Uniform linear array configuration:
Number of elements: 8
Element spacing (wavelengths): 1
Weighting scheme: kaiser
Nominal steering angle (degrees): -45
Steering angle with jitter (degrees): -43.572
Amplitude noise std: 0.05
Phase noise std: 0.05

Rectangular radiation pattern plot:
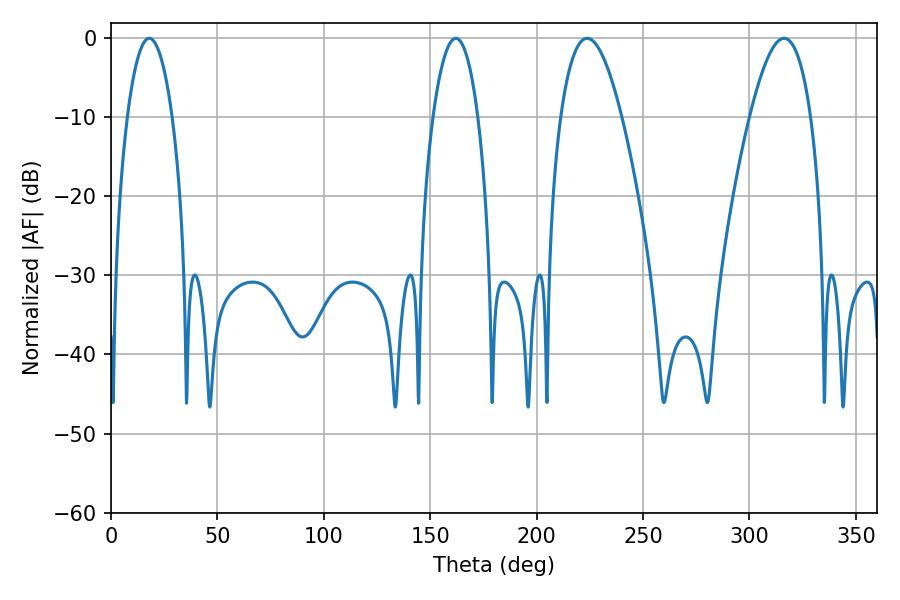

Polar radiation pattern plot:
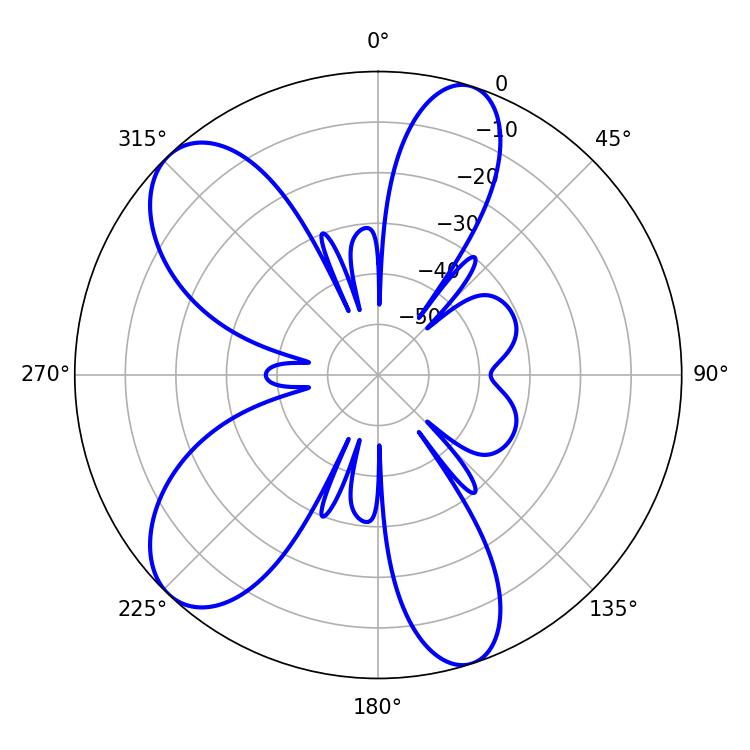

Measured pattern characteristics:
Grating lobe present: TRUE
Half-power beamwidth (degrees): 15.84
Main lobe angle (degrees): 223.74